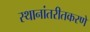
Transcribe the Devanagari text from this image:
स्थानांतरीतकरणे